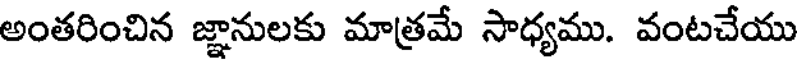
అంతరించిన జ్ఞానులకు మాత్రమే సాధ్యము. వంటచేయు